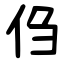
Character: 㑇